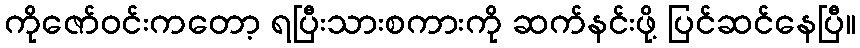
ကိုဇော်ဝင်းကတော့ ရပြီးသားစကားကို ဆက်နင်းဖို့ ပြင်ဆင်နေပြီ။